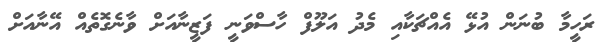
ރަހީމާ ބުނަން އުޅޭ އެއްޗަކާއި މެދު އަލޫފް ހާސްވަނީ ފަޒީނާއަށް ވާނެގޮތެއް އޭނާއަށް